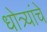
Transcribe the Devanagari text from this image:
धोत्र्यांचे